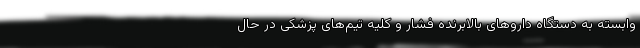
وابسته به دستگاه داروهای بالابرنده فشار و کلیه تیم‌های پزشکی در حال